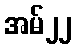
အမ်၂၂